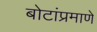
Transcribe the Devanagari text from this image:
बोटांप्रमाणे